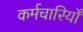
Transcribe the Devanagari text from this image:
कर्मचारियोँ